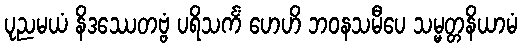
ပုညမယံ နိဒဿေတဗ္ဗံ ပရိသင်္ကံ ဟေဟိ ဘဝနသမီပေ သမ္မတ္တနိယာမံ